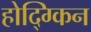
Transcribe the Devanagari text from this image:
होद्ग्किन